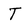
Character: T